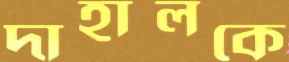
দাহালকে